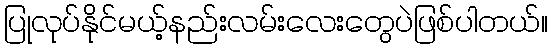
ပြုလုပ်နိုင်မယ့်နည်းလမ်းလေးတွေပဲဖြစ်ပါတယ်။